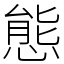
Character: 態